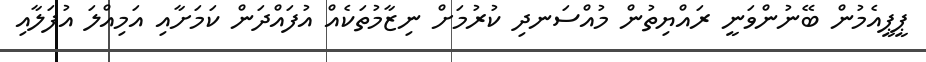
ޕީޕީއެމުން ބޭނުންވަނީ ރައްޔިތުން މުއްސަނދި ކުރުމަށް ނިޒާމުތަކެއް އުފައްދަން ކަމަށާއި އަމިއްލަ އުފަލާއި